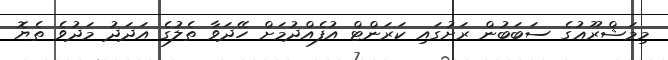
މިމަޝްރޫޢުގެ ސަބަބުން ރަށުގައި ކަރަންޓް އުފެއްދުމަށް ހޭދަވާ ތެލުގެ އަދަދު މަދުވެ ތެޔޮ